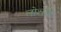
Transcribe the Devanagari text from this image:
लोशनों